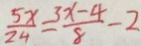
\frac { 5 x } { 2 4 } = \frac { 3 x - 4 } { 8 } - 2